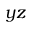
y z